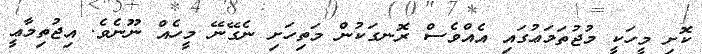
ކޮށި މީހަކީ މުޖުތަމަޢުގައި އެއްވެސް ރޮނގަކުން މަތިހަށި ނެގޭނޭ މީހެއް ނޫނެވެ. އިޖުތިމާޢީ